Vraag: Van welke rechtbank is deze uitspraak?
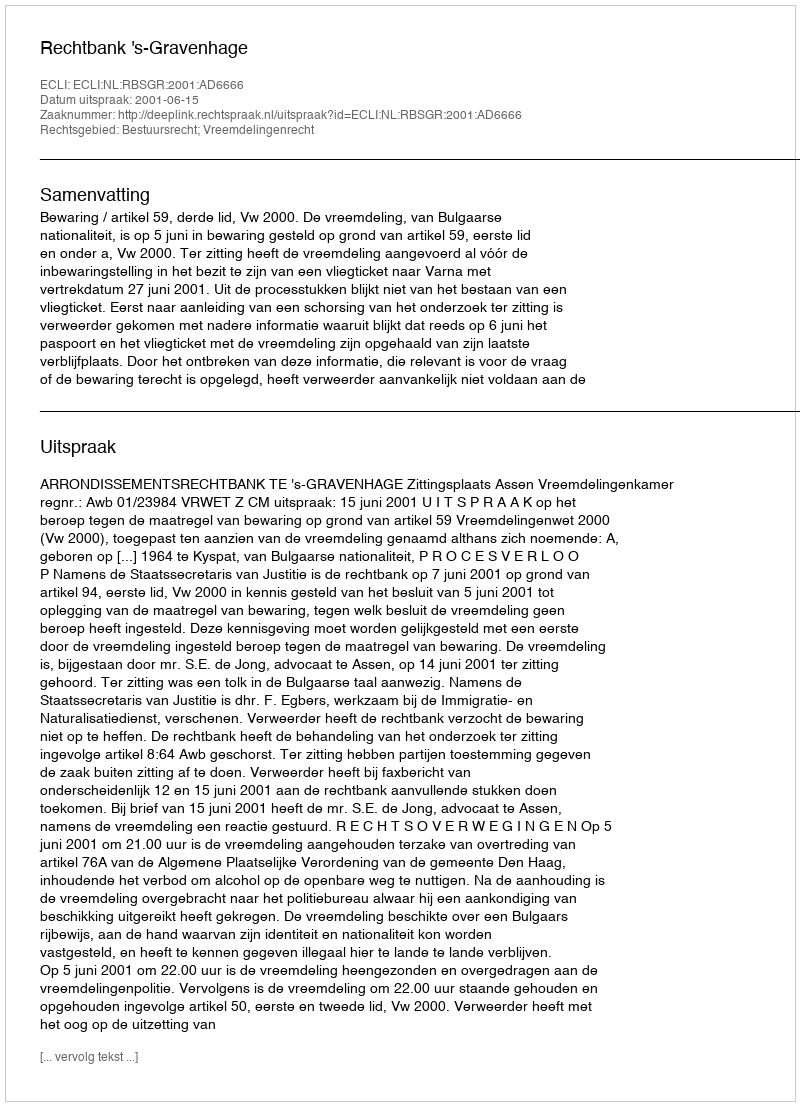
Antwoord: Rechtbank 's-Gravenhage